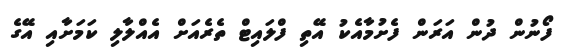
ފޯނުން ދުން އަރަން ފެށުމާއެކު އޭތި ފްލައިޓް ތެރެއަށް އެއްލާލި ކަމަށާއި އޭގެ